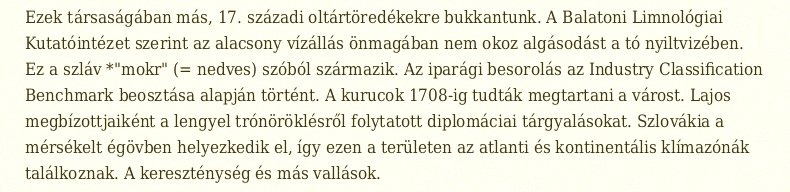
Ezek társaságában más, 17. századi oltártöredékekre bukkantunk. A Balatoni Limnológiai Kutatóintézet szerint az alacsony vízállás önmagában nem okoz algásodást a tó nyiltvizében. Ez a szláv *"mokr" (= nedves) szóból származik. Az iparági besorolás az Industry Classification Benchmark beosztása alapján történt. A kurucok 1708-ig tudták megtartani a várost. Lajos megbízottjaiként a lengyel trónöröklésről folytatott diplomáciai tárgyalásokat. Szlovákia a mérsékelt égövben helyezkedik el, így ezen a területen az atlanti és kontinentális klímazónák találkoznak. A kereszténység és más vallások.